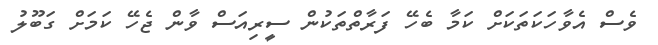
ވެސް އެވާހަކަތަކަށް ކަމާ ބެހޭ ފަރާތްތަކުން ސީރިއަސް ވާން ޖެހޭ ކަމަށް ގަބޫލު